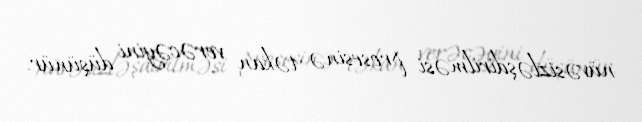
nüvəsizləşdirilməsi prosesinə təkan verəcəyini düşünür.